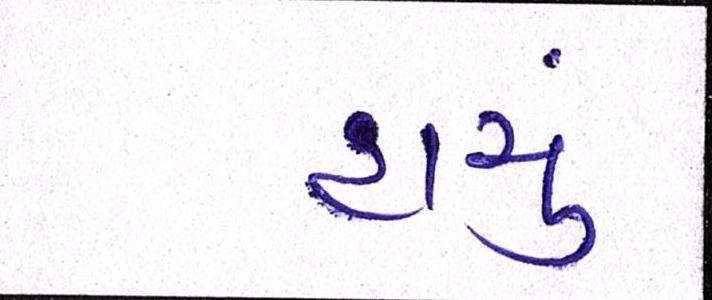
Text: હાચું